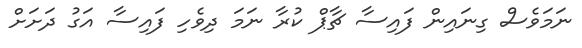
ނަމަވެސް ގިނައިން ފައިސާ ޗާޕް ކުރާ ނަމަ ދިވެހި ފައިސާ އަގު ދަށަށް